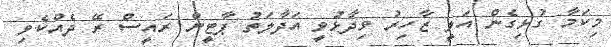
މިކަމާ ގުޅިގެން އަލީ ޒާހިރު ވިދާޅުވީ އަދާލަތު ޕާޓީން ރައީސް ރޭ ދެއްކެވި